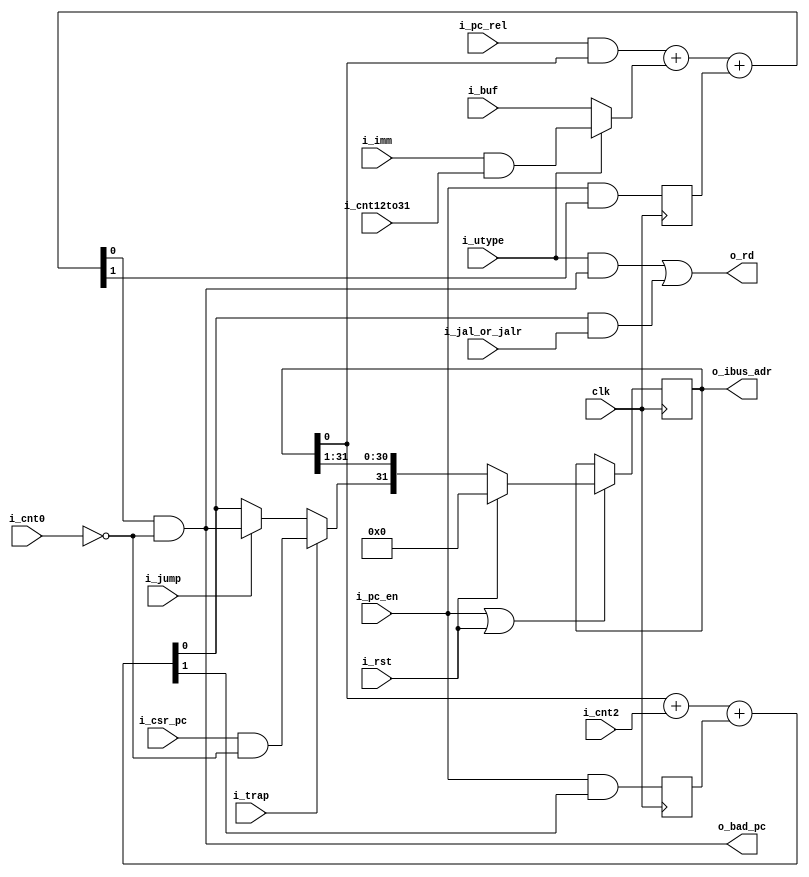
/*
ISC License

Copyright 2019, Olof Kindgren

Permission to use, copy, modify, and/or distribute this software for any purpose with or without fee is hereby granted, provided that the above copyright notice and this permission notice appear in all copies.

THE SOFTWARE IS PROVIDED "AS IS" AND THE AUTHOR DISCLAIMS ALL WARRANTIES WITH REGARD TO THIS SOFTWARE INCLUDING ALL IMPLIED WARRANTIES OF MERCHANTABILITY AND FITNESS. IN NO EVENT SHALL THE AUTHOR BE LIABLE FOR ANY SPECIAL, DIRECT, INDIRECT, OR CONSEQUENTIAL DAMAGES OR ANY DAMAGES WHATSOEVER RESULTING FROM LOSS OF USE, DATA OR PROFITS, WHETHER IN AN ACTION OF CONTRACT, NEGLIGENCE OR OTHER TORTIOUS ACTION, ARISING OUT OF OR IN CONNECTION WITH THE USE OR PERFORMANCE OF THIS SOFTWARE.

*/
`default_nettype none
module serv_ctrl
  #(parameter RESET_STRATEGY = "MINI",
    parameter RESET_PC = 32'd0,
    parameter WITH_CSR = 1)
  (
   input wire 	     clk,
   input wire 	     i_rst,
   //State
   input wire 	     i_pc_en,
   input wire 	     i_cnt12to31,
   input wire 	     i_cnt0,
   input wire 	     i_cnt2,
   //Control
   input wire 	     i_jump,
   input wire 	     i_jal_or_jalr,
   input wire 	     i_utype,
   input wire 	     i_pc_rel,
   input wire 	     i_trap,
   //Data
   input wire 	     i_imm,
   input wire 	     i_buf,
   input wire 	     i_csr_pc,
   output wire 	     o_rd,
   output wire 	     o_bad_pc,
   //External
   output reg [31:0] o_ibus_adr);

   wire       pc_plus_4;
   wire       pc_plus_4_cy;
   reg 	      pc_plus_4_cy_r;
   wire       pc_plus_offset;
   wire       pc_plus_offset_cy;
   reg 	      pc_plus_offset_cy_r;
   wire       pc_plus_offset_aligned;
   wire       plus_4;

   wire       pc = o_ibus_adr[0];

   wire       new_pc;

   wire       offset_a;
   wire       offset_b;

   assign plus_4        = i_cnt2;

   assign o_bad_pc = pc_plus_offset_aligned;

   assign {pc_plus_4_cy,pc_plus_4} = pc+plus_4+pc_plus_4_cy_r;

   generate
      if (WITH_CSR)
	assign new_pc = i_trap ? (i_csr_pc & !i_cnt0) : i_jump ? pc_plus_offset_aligned : pc_plus_4;
      else
	assign new_pc = i_jump ? pc_plus_offset_aligned : pc_plus_4;
   endgenerate
   assign o_rd  = (i_utype & pc_plus_offset_aligned) | (pc_plus_4 & i_jal_or_jalr);

   assign offset_a = i_pc_rel & pc;
   assign offset_b = i_utype ? (i_imm & i_cnt12to31): i_buf;
   assign {pc_plus_offset_cy,pc_plus_offset} = offset_a+offset_b+pc_plus_offset_cy_r;

   assign pc_plus_offset_aligned = pc_plus_offset & !i_cnt0;

   initial if (RESET_STRATEGY == "NONE") o_ibus_adr = RESET_PC;

   always @(posedge clk) begin
      pc_plus_4_cy_r <= i_pc_en & pc_plus_4_cy;
      pc_plus_offset_cy_r <= i_pc_en & pc_plus_offset_cy;

      if (RESET_STRATEGY == "NONE") begin
	 if (i_pc_en)
	   o_ibus_adr <= {new_pc, o_ibus_adr[31:1]};
      end else begin
	 if (i_pc_en | i_rst)
	   o_ibus_adr <= i_rst ? RESET_PC : {new_pc, o_ibus_adr[31:1]};
      end
   end
endmodule